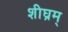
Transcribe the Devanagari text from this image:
शीघ्रम्